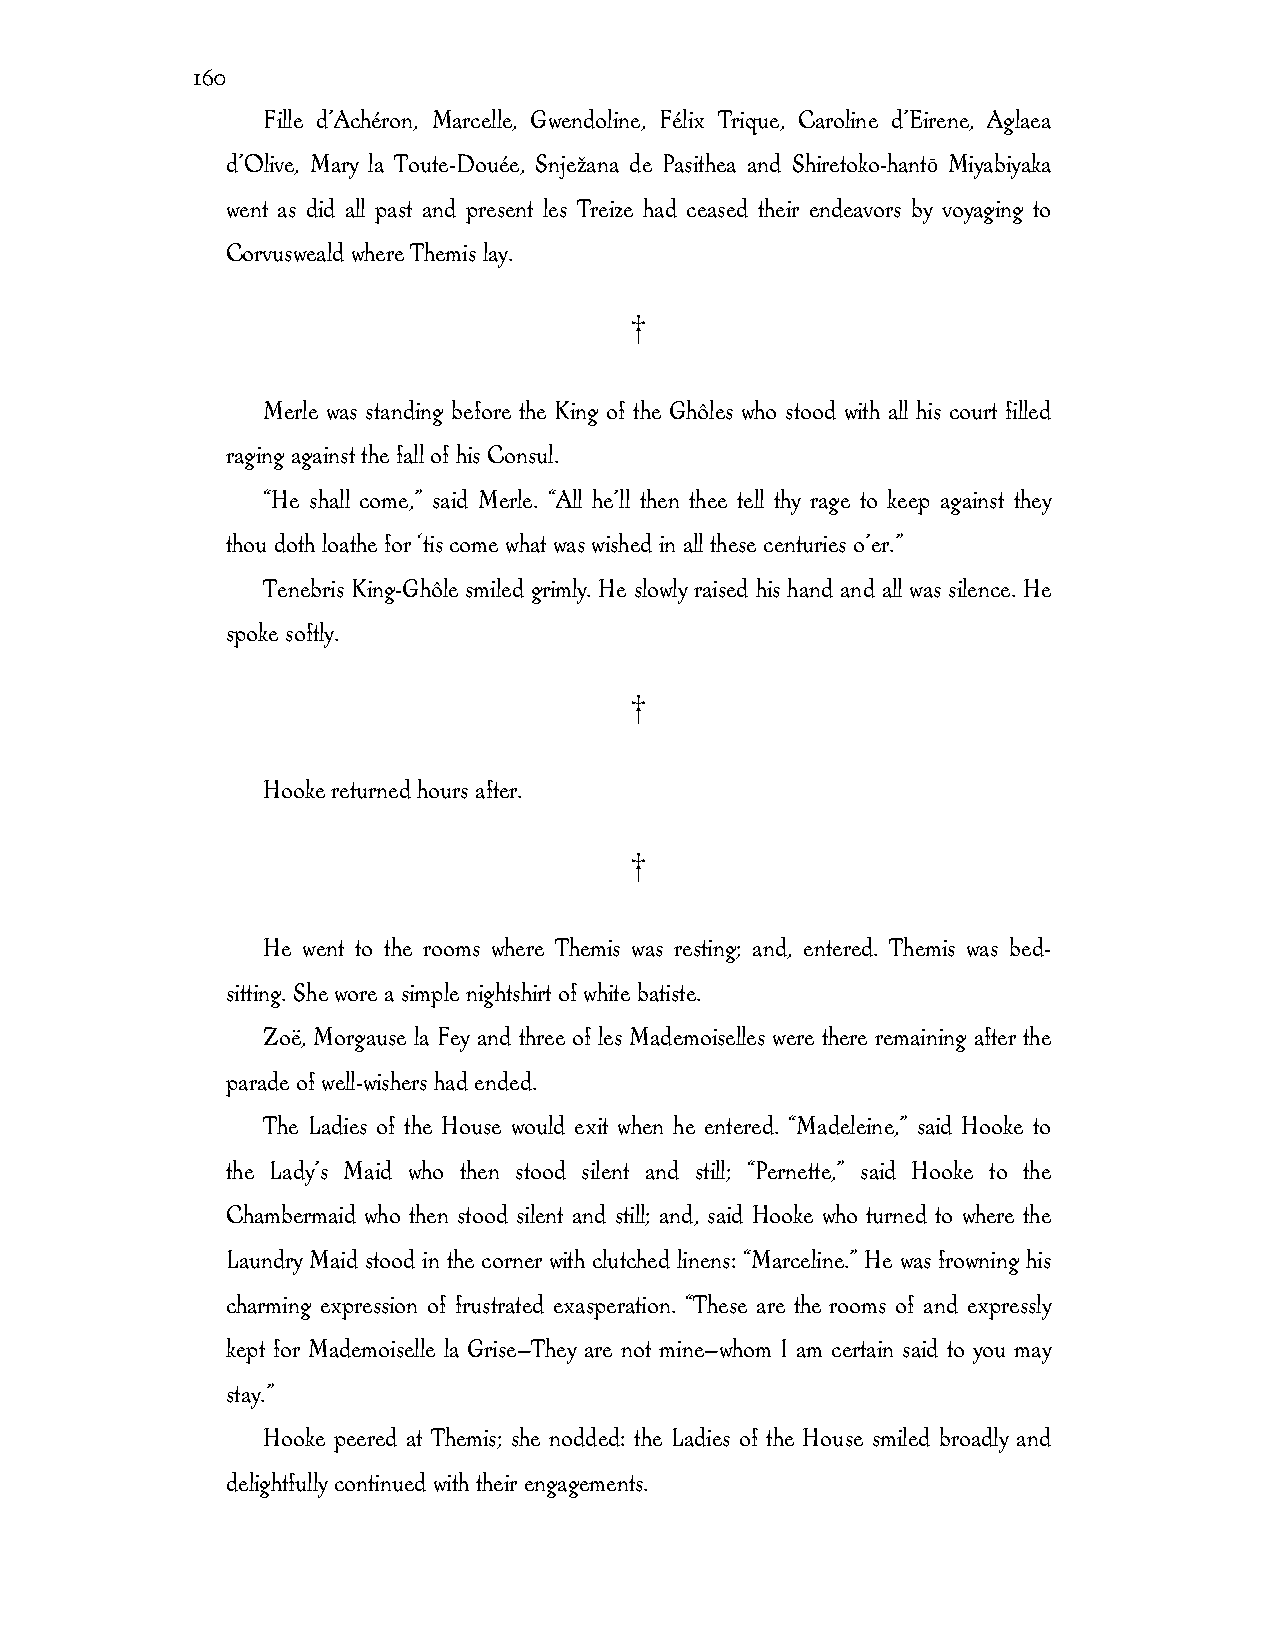
160
 Fille d’Achéron, Marcelle, Gwendoline, Félix Trique, Caroline d’Eirene, Aglaea
 d’Olive, Mary la Toute-Douée, Snježana de Pasithea and Shiretoko-hantō Miyabiyaka
 went as did all past and present les Treize had ceased their endeavors by voyaging to
 Corvusweald where Themis lay.
 †
 Merle was standing before the King of the Ghôles who stood with all his court filled
 raging against the fall of his Consul.
 “He shall come,” said Merle. “All he’ll then thee tell thy rage to keep against they
 thou doth loathe for ‘tis come what was wished in all these centuries o’er.”
 Tenebris King-Ghôle smiled grimly. He slowly raised his hand and all was silence. He
 spoke softly.
 †
 Hooke returned hours after.
 †
 He went to the rooms where Themis was resting; and, entered. Themis was bed-
 sitting. She wore a simple nightshirt of white batiste.
 Zoë, Morgause la Fey and three of les Mademoiselles were there remaining after the
 parade of well-wishers had ended.
 The Ladies of the House would exit when he entered. “Madeleine,” said Hooke to
 the Lady’s Maid who then stood silent and still; “Pernette,” said Hooke to the
 Chambermaid who then stood silent and still; and, said Hooke who turned to where the
 Laundry Maid stood in the corner with clutched linens: “Marceline.” He was frowning his
 charming expression of frustrated exasperation. “These are the rooms of and expressly
 kept for Mademoiselle la Grise—They are not mine—whom I am certain said to you may
 stay.”
 Hooke peered at Themis; she nodded: the Ladies of the House smiled broadly and
 delightfully continued with their engagements.